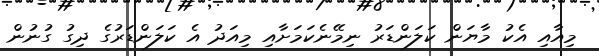
މިއާއި އެކު މާޔަން ކަލަންޑަރު ނިމޭނެކަމަށާއި މިއަދު އެ ކަލަންޑަރުގެ ދިގު ގުނުން